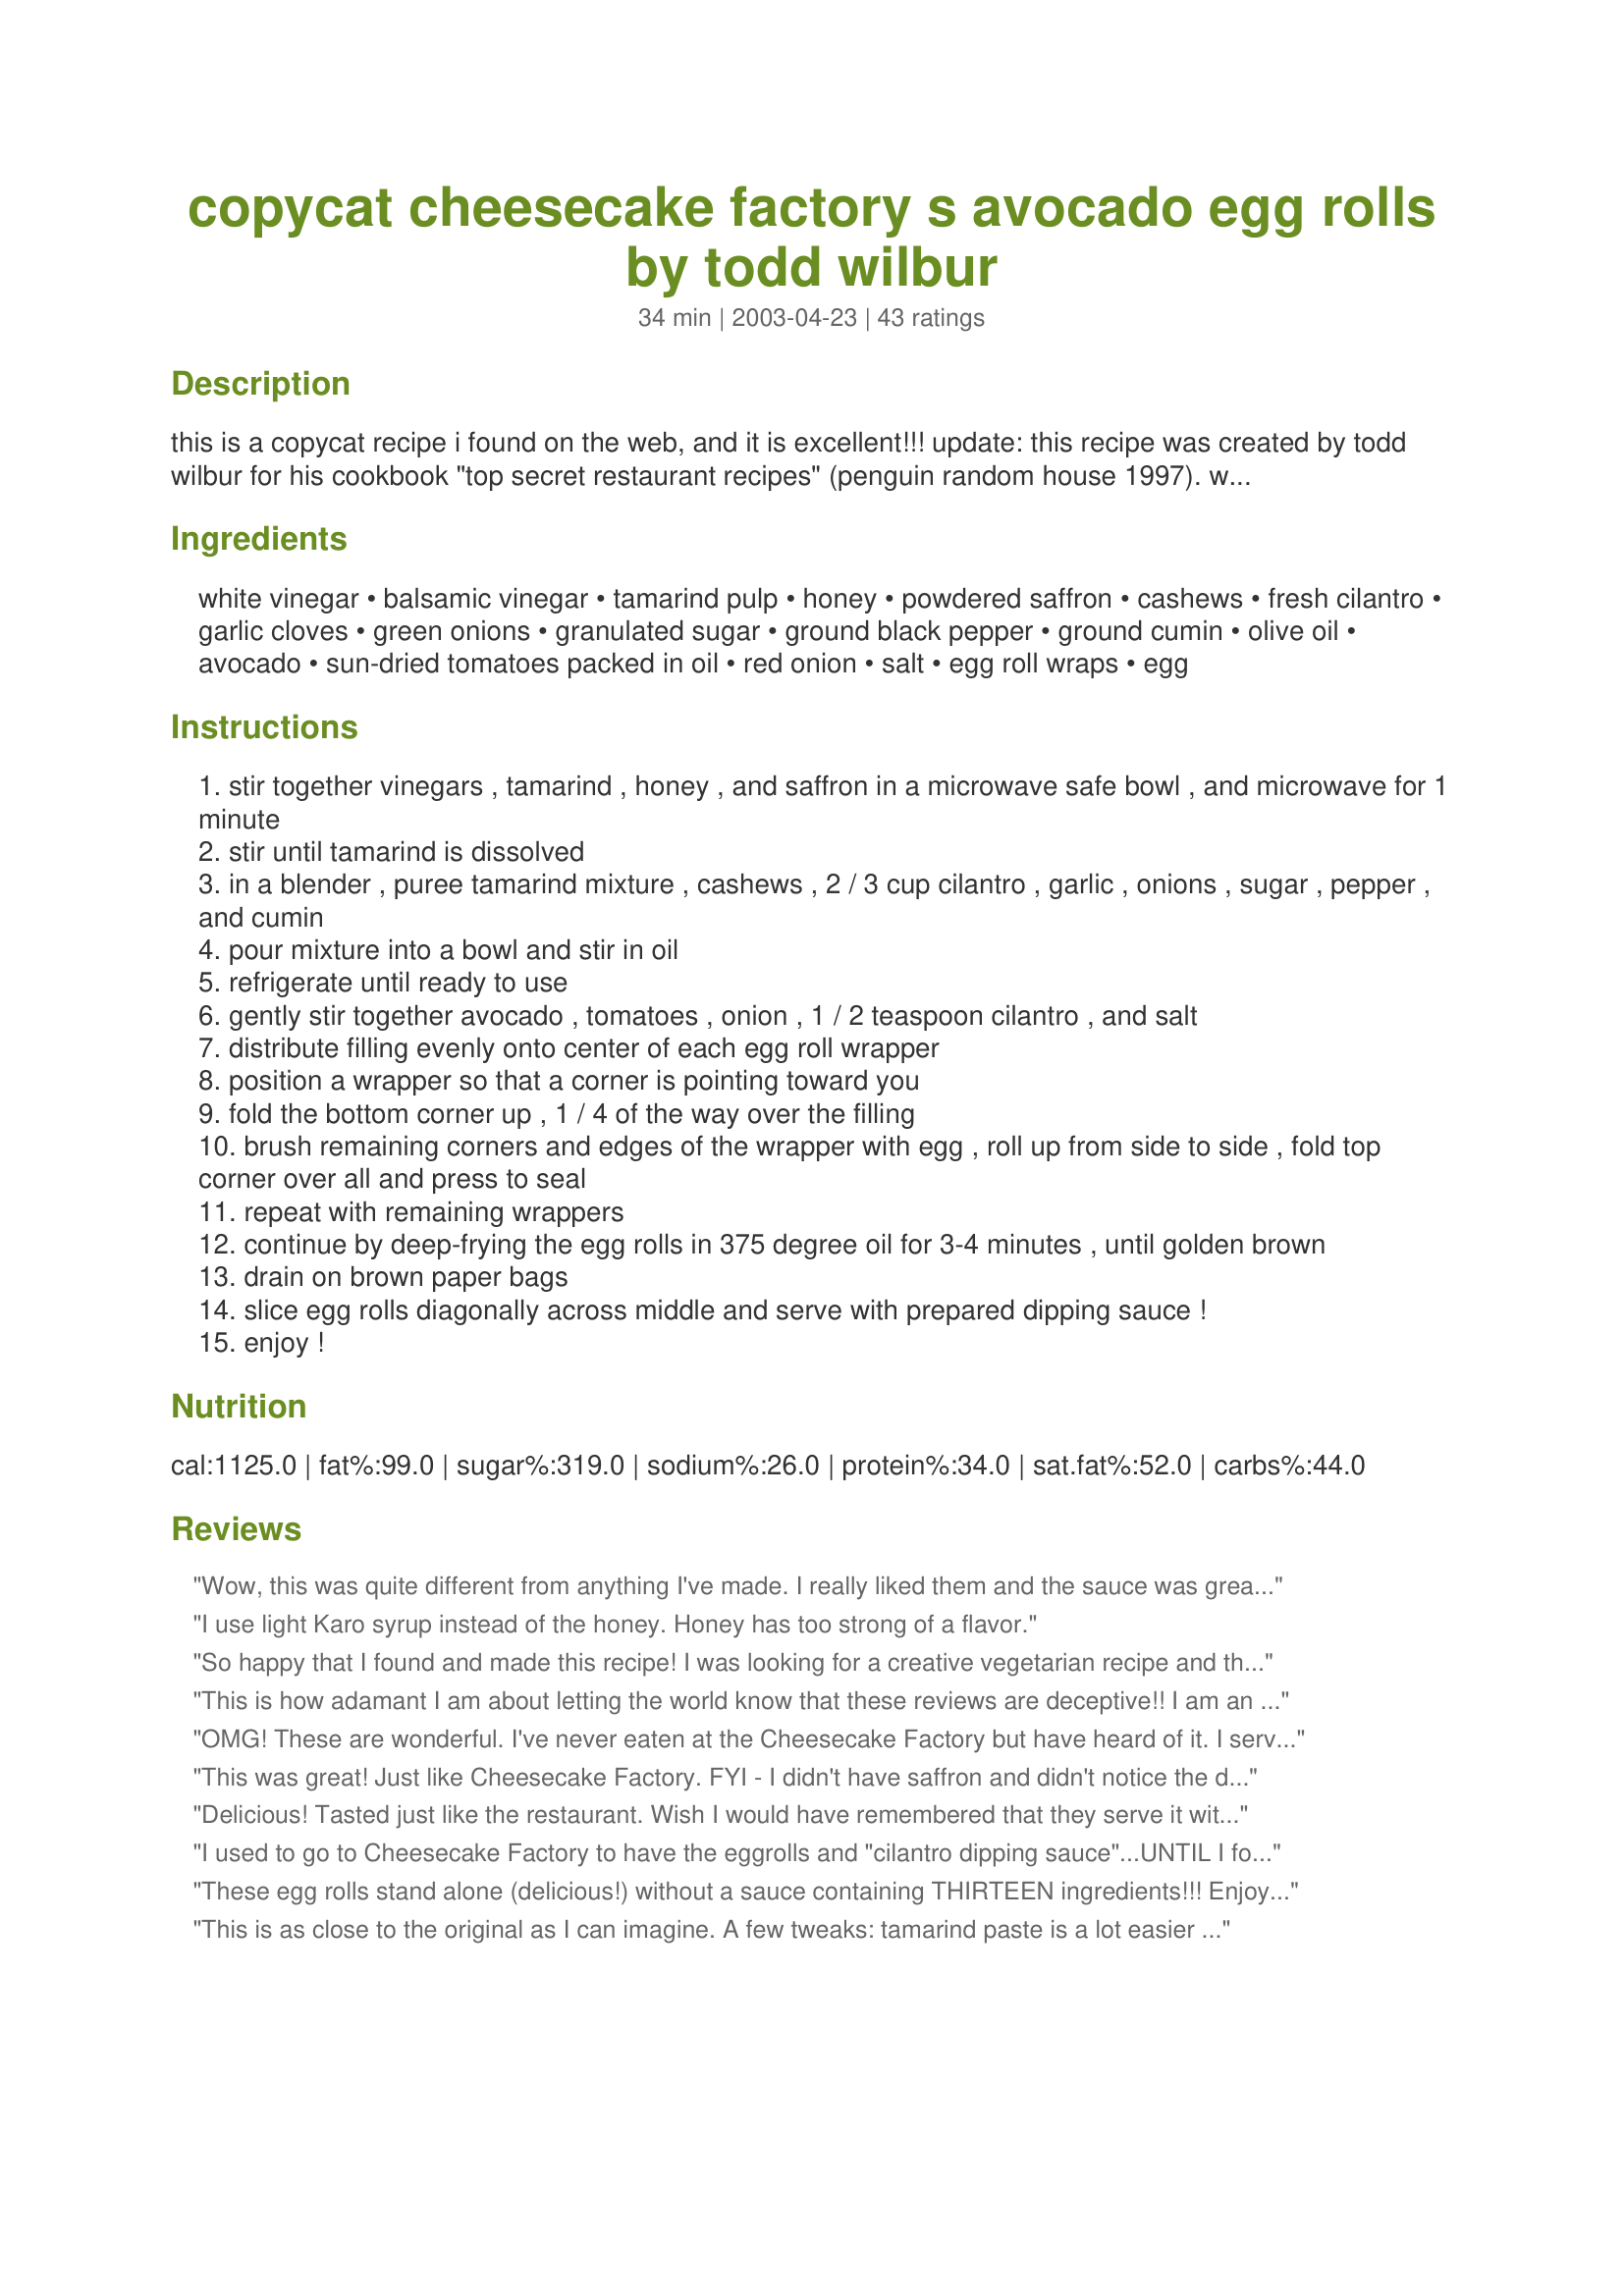
copycat cheesecake factory s avocado egg rolls by todd wilbur
Preparation time: 34 minutes

this is a copycat recipe i found on the web, and it is excellent!!!

update: this recipe was created by todd wilbur for his cookbook "top secret restaurant recipes" (penguin random house 1997). www.topsecretrecipes.com

Ingredients:
white vinegar, balsamic vinegar, tamarind pulp, honey, powdered saffron, cashews, fresh cilantro, garlic cloves, green onions, granulated sugar, ground black pepper, ground cumin, olive oil, avocado, sun-dried tomatoes packed in oil, red onion, salt, egg roll wraps, egg

Steps:
stir together vinegars , tamarind , honey , and saffron in a microwave safe bowl , and microwave for 1 minute
stir until tamarind is dissolved
in a blender , puree tamarind mixture , cashews , 2 / 3 cup cilantro , garlic , onions , sugar , pepper , and cumin
pour mixture into a bowl and stir in oil
refrigerate until ready to use
gently stir together avocado , tomatoes , onion , 1 / 2 teaspoon cilantro , and salt
distribute filling evenly onto center of each egg roll wrapper
position a wrapper so that a corner is pointing toward you
fold the bottom corner up , 1 / 4 of the way over the filling
brush remaining corners and edges of the wrapper with egg , roll up from side to side , fold top corner over all and press to seal
repeat with remaining wrappers
continue by deep-frying the egg rolls in 375 degree oil for 3-4 minutes , until golden brown
drain on brown paper bags
slice egg rolls diagonally across middle and serve with prepared dipping sauce !
enjoy !

Reviews:
Wow, this was quite different from anything I've made. I really liked them and the sauce was great. I had won ton rolls so used them instead of eggrolls. I had little bites! I really enjoyed the flavor. There is no Cheesecake Factory in this part of N.C., but if I ever find one I will definetaly try the Avocado Eggrolls! Thanks for a delicious recipe.
I use light Karo syrup instead of the honey. Honey has too strong of a flavor.
So happy that I found and made this recipe! I was looking for a creative vegetarian recipe and this was excellent! I did not have tamarind pulp and I used saffron strings, otherwise, I prepared according to the recipe. I only used one avocado and I did fill 5 egg roll wrappers. This is absolutely deliciously! The sauce is exceptional, and although I thought the garlic might've been too strong, my guests assured me it was not! I did have some sauce left over and that stuff is seriously addicting. I ate it on anything I could find until it was gone! YUM! I can't wait to make it again and again!
This is how adamant I am about letting the world know that these reviews are deceptive!! I am an avocado man! I have two avocado trees and pretty much put the stuff on everything. So once I had my first experience with avocado egg rolls I was in Love. I had them at BJ's restaurant and had to learn how to make them... that's what brought me here. Once I found this recipe I thought I was on my way to making my own delicious restaurant style egg rolls. BUT my optimism was short lived. <br/>My problems all began with the ingredients. See I wanted to copy the recipe exactly as it appeared but these ingredients are impossible to find, and I live in Los Angeles where everything is abundant apparently except saffron and tamarind paste. I was left having to make substitution or to all together exclude certain ingredients. That was the worst of it, but it wasn't the end of my cooking troubles!!<br/>After I started, I unfortunately came to the conclusion that the sauce I slaved over to make was NOT meeting the sweet criteria I had in mind. Instead I was left with a sour cilantro dipping sauce which seems more suited for a Mexican dish, such as carne asade or carnitas, instead of egg rolls. <br/>But to say the least, the egg rolls themselves were a good start pointing and have set me on a journey of perfecting this recipe to make them taste just like BJ's egg rolls. Like I said I am an avocado man, and I will succeed in my kitchen journey! ... Stay posted for Baluga Updates!
OMG! These are wonderful. I've never eaten at the Cheesecake Factory but have heard of it. I served this recently along side my Recipe #186927 and it was a huge hit. Definite keeper. Thank you for sharing. I was going to take a picture but they were gone before I had a chance. :yummy: ~V
This was great! Just like Cheesecake Factory. FYI - I didn't have saffron and didn't notice the difference. This makes a lot of dipping sauce too - I almost doubled it (because I love the sauce) but was glad that I didn't.
Delicious! Tasted just like the restaurant. Wish I would have remembered that they serve it with those fried rice noodles on top! I had a hard time finding the tamarind pulp and saffron. Finally ended up at a huge Asian market and had success. The tamarind pulp is in a bag in the freezer section. And we paid $10 for 1.2 grams of saffron. I would say it is equal to 4 "pinches". Pretty pricy. I have enough to make the sauce 3 more times though! I used 6 avocados, and I ended up with 8 eggrolls. I might have filled them more, but they seemed the right size. I was expecting a lot more eggrolls though, since the recipe calls for 1 avocado and it makes 3 eggrolls.
I used to go to Cheesecake Factory to have the eggrolls and "cilantro dipping sauce"...UNTIL I found this recipe!!! It is AWESOME! Thank you so much for posting!! I've made it many times and here are some suggestions...instead of the white and balsamic vinegars, I put in equal amounts of apple cider vinegar. I also increased the tamarind pulp to about 2-3 tsp, which gives it an extra zest. I omit the black pepper and use cayenne instead. When I don't have powdered saffron on hand, I use a little of Goya's Sazon con Azafran. Yummy! I've omitted the cumin several times b/c I didn't have on hand...still turned out wonderfully. I decrease the honey to about a 1/3 c. so it's not too sweet. Also, I found out the hard way that if you let your hand slip on the cashews, it changes the whole consistency and you end up with a "thick cream" rather than a sauce. Still yummy, but not for dipping. This sauce is very versatile and I rarely use it for eggrolls anymore. I've used it as a stir fry sauce for chicken and veggies and also as a salad dressing! Everyone that's tried it LOVES it. Thanks again!!
These egg rolls stand alone (delicious!) without a sauce containing THIRTEEN ingredients!!! Enjoy them &quot;sauceless&quot; or prepare a more simple favorite. Who has a stash of brown paper bags? Use paper towels!
This is as close to the original as I can imagine. A few tweaks: tamarind paste is a lot easier to find. I used sprigs of saffron rather than powder. Obviously, you need more than one avocado, I use 6. The honey is what makes it thicker than CF's but I like it. I also don't warm in in the microwave. All the dry ingredients (esp the cashews) go in a food processor. Finally, I tried oriental egg roll wrappers (TYJ) which cook quicker and are crispier and only need water to "glue it" rather than egg. DELICIOUS
These were great, you need to fry them and do not sub out the saffron or tamarind. I found the tamarind and an Indian cuisine store! They were delicious but, this will not serve 2-4 with only three wrappers. We made a dozen for 3 of us and it was a delicious light meal!
Great dish just one thing if you are not a fan of garlic don't add 2 cloves i added one clove the first time and it was great than i thought to make it better i would the second and it tasted too much like garlic so add one or none it still taste good
Was the best one outside of Cheesecake Factory i have tasted. On another note please remember that a avocado is about 75% FAT That is where most of the fat is comming from not the deep frying. As long as your oil is hot enough it won't be absorbed into your food. Please do not bake theese......
I will only give 3 stars for now because i will retry to make them again since I loove the ones at CF. I'm very careful with what I eat and when I saw the number of calories on the recipe I decided to cut fat on the recipe and baked them instead, i believe the problem was there. Friends, DO NOT BAKE THESE eggrolls, The avocado cooked! and it became a puree. It was nasty! perhaps I left them for too long in the oven but they weren't browning at all. I imagine when you fry it gets crispy on the outside but it doesn't cook in the inside and the avocado remains fresh. As for the sauce i have to admit that it was DELICIOUS! I agree with some comments about the honey and it being too sweet, but just cut on it a little bit and it should be ok. That night I had made breaded tilapia and pour a little of this sauce on top of it and it was FANTASTIC. Like I said I will make them again, I just simply will ignore the calories.
Great recipe! I made this recipe for a party and made like 40 of them for the first time ever, spent about the whole afternoon but they came out great! The recipe is well referenced. The rolls were a bit bland without the salt, but the dipping sauce makes it a delicious combo. If you get the eggroll wraps, I recommend baking them because fried ones were just a bit too oily for me, but the baked one tasted just as good. Worth the work everyone, you should try it! If you&#039;re making it for a party, I recommend only doubling the recipe or just having maybe 1 pack of eggrolls (about 20) and halving them because I made too much for a ~10 person party. For those of you unable to find tamarind sauce or saffron, go to the local Indian grocery store (e.g. Cash N&#039; Carry) and you can find it there.
This is the best egg roll recipe EVER. My mother and I make it very often when we have compagny. Everyone loves it, especially the sauce!
Used a jar of bruschetta since it had onion and the tomatoes were already cut up and nicely spiced. Too lazy to make sauce so used Trader Joe Sweet Chili sauce. Super delicious.
havent made it because I saw the carb count ..omg. Wonder if there's any substitutions?
I have never tried these at the cheesecake factory so I have no idea how they compare. I thought these were good, but not great. My husband and I both thought they seemed like they were missing something. However, the sauce is AMAZING I almost didn&#039;t make it and I would have been missing out for sure!!
I love the avocado egg rolls at BJ's and was looking for a similar recipe. I made these with tortillas instead of egg roll wrappers as I had them on hand, and also made a slapdash version of the sauce without the cashews, saffron and tamarind pulp. They were great, I look forward to trying them again with a few more ingredients thrown in and a sweeter honey sauce like BJ's serves.
I had this at the cheesecake factory and loved it so much that I went online to search for the recipe. The recipe was exactly how I remember it tasting at the restaurant! I didn't use tamarind or saffrom for the dipping sauce because I didn't have those ingredients. Also, because I don't like to deep fry my food, I rubbed the egg roll with a little olive oil, put it in a 400 degree oven for 7 minutes, flipped it, and in the oven for another 5 minutes. Perfect!
These were pretty good, I wasn't too crazy about them but my guests really enjoyed them, I think it was the cumin in the sauce I didn't care for. I would probably make these again for guests as they were clearly a hit. Thanks!
I live in a small town and could not find tamarid paste at my local mexican market, on a whim I went to an asian market and low and behold it was there...several types of it. Trader Joes also sells the saffron strings.Just thought I would share this for those of you struggling to find these ingredients. I cant wait to make these!
These are so delicious. I used bruschetta from the olive bar at my grocery store in place of sundried tomatoes. I also would suggest leaving out the olive oil from the sauce. It didn’t mix well and threw off the taste. Without the olive oil the sauce is spot on ????
I have eaten at the Cheesecake factory many times solely to have the tamarind sauce for their avocado egg rolls. In my opinion, this tastes NOTHING like the recipe and I followed it to the T. I wasted a lot of money on ingredients not to mention my time.
I love avocados so this was a hit for me! The sauce is sooo good! Thank u 4 posting!
I thought they were not quite as good as the Cheesecake Factory, but still very good. My husband thought they were better than the Cheesecake Factory's! The grocery stores near me do not carry tamarind, so I had to substitute lime juice instead. Perhaps that was the secret ingredient that I was missing. Also, I thought when I ate them at the cheesecake factory that there was some ginger in the dipping sauce, so I might add that if I make these again. My dipping sauce also turned out way too thick (too many cashews?) and there was way too much of it. I would cut the recipe in half. Even then you would still have some leftover. Also, I would double the egg roll portion of the recipe. If you're going to go to all that trouble, you might as well make more than 3 eggrolls! I'm not sure why the directions say to fold the bottom corner only 1/4 of the way over the filling. Just roll them up like you would normally roll up eggrolls. And next time I would fry them up at a maybe 350 degrees instead of 375. Mine were brown in 30 seconds instead of the 3-4 minutes mentioned in the directions. Being in there for only 30 seconds the filling didn't get very warm. I remember at the cheesecake factory, they were very hot on the inside.
I was disappointed, but will try again. My oil may have been the culprit, but the eggrolls also seemed bland.
I left the tamarind pulp and the saffron out of the sauce and it was still AWESOME!!! These egg rolls are, by far, the most delicious thing I have ever eaten.
These came out just as I remember....super yummy. I did use 2 avocados and skipped the safran. P.S. Avocados are actually really good for you and considered a &quot;healthy fat&quot; aka monounsaturated that reduces bad cholesterol, good source of protein/potassium/Vita K &amp; B plus fiber! And, I baked mine instead of frying and came out just as good.
This was a huge hit at a dinner party.
After reading how many calories are in one serving of these I decided just to make the sauce to put on veggie spring rolls. Yum.

Tamarind pulp can be found at Mexican groceries in the freezer section where the fruit is. Goya is the brand I used. I also substituted Agave nectar for honey and it was great.
This tasted EXACTLY like the ones from Cheesecake Factory. Absolutely delicious! We've thoroughly enjoyed this recipe and the yummy sauce. :)
I had to write a post to respond to @BalugaWhale36<br/>I live in Utah and had no problem at all finding these ingredients. Any Mexican market in the world will have tamarind, and having lived in LA I know if you didn't find any you didn't look very hard. We just decided to buy the tamarind pods and used the seeds to make our own pulp. You soak them in hot water with the shell on, then peel the shell and remove the pulp from the seed. Safron was too expensive so we just used ground tumeric. These ingredients are not hard to find though. The first time we made these everyone who ate them said they tasted just like the Cheese Cake Factory ones, and the same with the dipping sauce. It's kind of a time consuming recipe but very easy to make. We are going to experiment with making them in spring roll wrappers, so I will update to let you guys know how it worked. Also if you don't want to make the dipping sauce the egg rolls have very few ingredients and can be dipped in any of your favorite sauces.
These are great!!!! Several years ago I contacted the Cheesecake Factory headquarters and requested the recipe but they wouldnt give it out. Im sooooo thankful to find this one. They taste exactly the same. Thanks for sharing
These are incredibly delicious!! Just like the ones at CF! Yummy dipping sauce.
A lot of people are writing about the fat/calorie content. I had the idea of putting the filling in a quesadilla with cheese and still using the dipping sauce. That cuts out the deep frying. There were mixed reviews on baking them. I do LOVE these at the CCF though.
I would say this is the closest thing to the Cheesecake Factory Avocado egg roll out there. The only thing I would suggest is modifying the amount of dipping sauce since you end up with a lot left over. But on the other hand, that is just motivation to make more egg rolls.
These were awesome! I did not make the dipping sauce because I didn't have many of the main components on hand and I didn't want to substitute so many ingredients. But the avocado rolls by themselves were still really good, everyone liked them.
These were really good, and the sauce was great! We cut down on the honey a little bit, and it was great - not too sweet! Instead of deep frying these, we drizzled them with a little bit of olive oil and baked them in a 400 degree oven. Very good, less fat!
Tastes just like the real thing ... fantastic ...

A couple of notes on other reviews:
1. If you make it in January, you probably don't have very good avocados, so it probably will be pretty bland.
2. Ignore the nutritional information. This recipe is making about 10 times as much dipping sauce as you need and the dipping sauce accounts for about 3/4 of the calories (from the oil, cashews and honey, primarily). That said -- make the full recipe of dipping sauce. You'll want extra to put on everything you eat for the next week.
I love the avacado eggrolls at cheese cake factory. But I must admit I find them to be a bit expensive. When I saw this recipe I was rather eager to try. <br/><br/>It took me longer to find the ingredients then it did for me to prep and cook this dish. Saffron is very expensive. Where I live, it is about $20 for 0.06 of an ounce. So I did substitute with a sprinkle of Goya Sazon "Azafran" seasoning which has a seasonioning blend with safron in it. Only about $3.00 for a box.<br/><br/>The next thing was the tamarind paste. I was not able to find it anywhere. Unfortunalty, I dont know of any asian or hispanic stores in my area within a 10 mile radius. So I did visit a west indian store which had "tamarind candy balls". Just curious, I looked at the ingredients which contained only "tamarind pulp and brown sugar". I figured I would try it. <br/><br/>To my surprised it was delicous! My hubby hates avacado but loved the sauce and wanted to have it with a steak. <br/><br/>I loved the avocado egg rollls. Making egg rolls takes practice but for my first try. They came out just like the pictures. Delicious!!! Thanks for posting this recipe.
I tried these once on a family vacation and loved them. I was so dissappointed that we did not have a Cheesecake Factory back home. Then I found this recipe, which me and my entire family love. When we finally traveled again I was excited to have the "real deal" again at the restaurant, but found that they don't taste nearly as good. Great recipe! I make it whenever I can find tamarinds.
